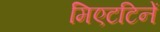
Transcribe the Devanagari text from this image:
मिएटटिनें